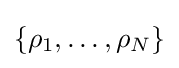
\{\rho _{1},\ldots ,\rho _{N}\}